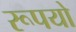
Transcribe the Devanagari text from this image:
रूपयो